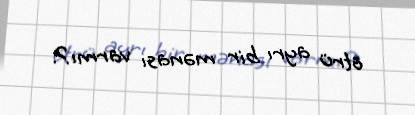
ötrü ayrı bir mənası varmı?.